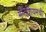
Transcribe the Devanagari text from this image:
मॅग्नेशियमची